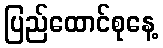
ပြည်ထောင်စုနေ့